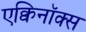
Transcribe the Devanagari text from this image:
एक्विनॉक्स